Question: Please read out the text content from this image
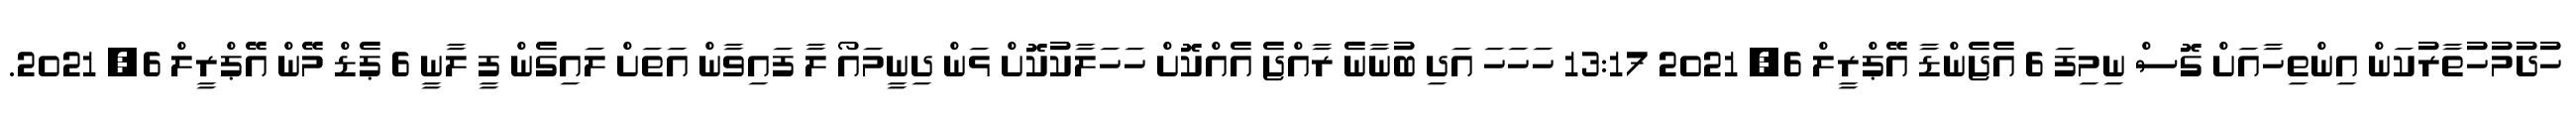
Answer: ހުދުމުހުތާރުކަން އިންތިހާއަށް ގޮސް ނިމިފަ 6 އެޖެންޑާ އޭޕްރީލް 6, 2021 13:17 ހަހަހަ އަދި ބުނާނެ ރާއްޖެ އެއްކޮށް ހަހަލާކުކޮށް ޅަން ދިނީމައޯ ލާ ފައިވާން އަތަށް ލައިގެން ފީ ލާނީ 6 ޕެޑް މޭން އޭޕްރީލް 6, 2021.